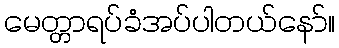
မေတ္တာရပ်ခံအပ်ပါတယ်နော်။